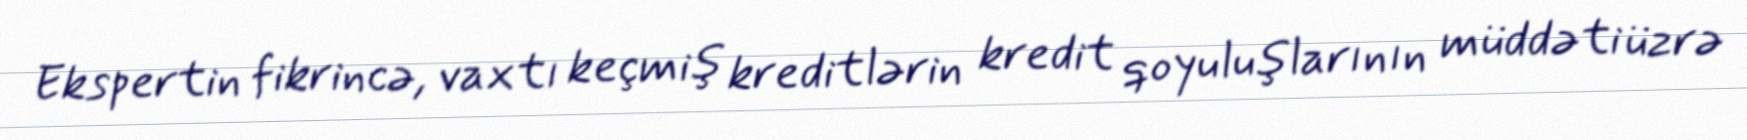
Ekspertin fikrincə, vaxtı keçmiş kreditlərin kredit qoyuluşlarının müddəti üzrə